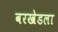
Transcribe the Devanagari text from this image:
वरखेडला